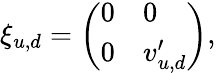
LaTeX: \xi_{u,d}=\left(\begin{array}{ll}{{0}}&{{0}}\\ {{0}}&{{v_{u,d}^{\prime}}}\end{array}\right),